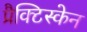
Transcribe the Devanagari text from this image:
प्रैक्टिस्केन